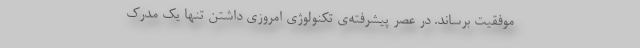
موفقیت برساند. در عصر پیشرفته‌ی تکنولوژی امروزی داشتن تنها یک مدرک